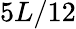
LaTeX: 5L/12